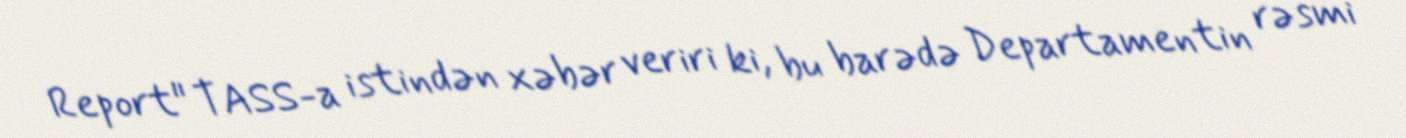
Report" TASS-a istindən xəbər veriri ki, bu barədə Departamentin rəsmi